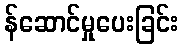
န်ဆောင်မှုပေးခြင်း